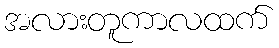
အလားတူကာလထက်